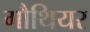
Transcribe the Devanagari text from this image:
गौथियर